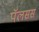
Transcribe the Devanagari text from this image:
पॅलसस